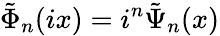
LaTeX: \tilde{\Phi}_{n}(ix)=i^{n}\tilde{\Psi}_{n}(x)